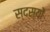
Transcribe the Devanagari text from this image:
स्दस्यों